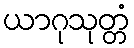
ယာဂုသုတ္တံ